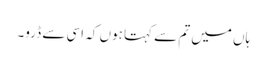
ہاں میں تم سے کہتا ہوں کہ اسی سے ڈرو۔